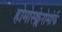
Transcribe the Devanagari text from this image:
होमोस्क्लेरोमोर्फ